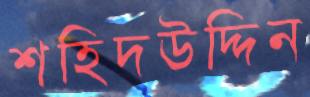
শহিদউদ্দিন